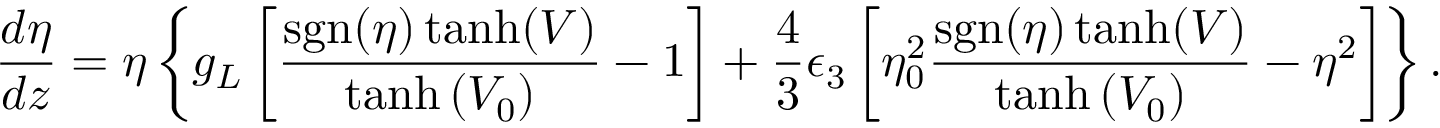
\frac { d \eta } { d z } = \eta \left\lbrace g _ { L } \left[ \frac { \mathrm { s g n } ( \eta ) \operatorname { t a n h } ( V ) } { \operatorname { t a n h } \left( V _ { 0 } \right) } - 1 \right] + \frac { 4 } { 3 } \epsilon _ { 3 } \left[ \eta _ { 0 } ^ { 2 } \frac { \mathrm { s g n } ( \eta ) \operatorname { t a n h } ( V ) } { \operatorname { t a n h } \left( V _ { 0 } \right) } - \eta ^ { 2 } \right] \right\rbrace .